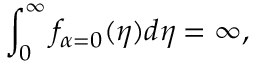
\int _ { 0 } ^ { \infty } f _ { \alpha = 0 } ( \eta ) d \eta = \infty ,